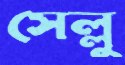
সেল্লু